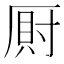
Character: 𭆎